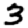
Digit: 3